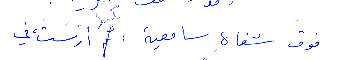
فوق شفاه سامعيه لكنها ارست، في